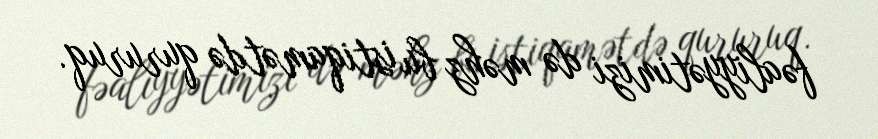
fəaliyyətimizi də məhz bu istiqamətdə qururuq.